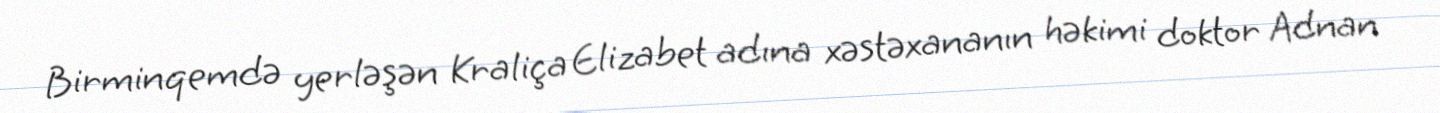
Birminqemdə yerləşən Kraliça Elizabet adına xəstəxananın həkimi doktor Adnan